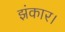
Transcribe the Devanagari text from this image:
झंकार।